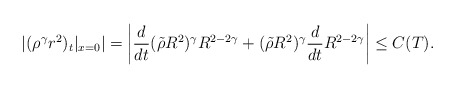
\begin{align*}|(\rho^\gamma r^2)_t|_{x=0}|=\left|\frac{d}{dt}(\tilde{\rho}R^2)^\gamma R^{2-2\gamma}+(\tilde{\rho}R^2)^\gamma\frac{d}{dt}R^{2-2\gamma}\right|\leq C(T).\end{align*}